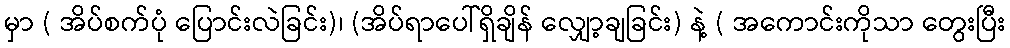
မှာ ( အိပ်စက်ပုံ ပြောင်းလဲခြင်း)၊ (အိပ်ရာပေါ်ရှိချိန် လျှော့ချခြင်း) နဲ့ ( အကောင်းကိုသာ တွေးပြီး